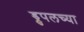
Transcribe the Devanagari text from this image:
ड्रुपलच्या